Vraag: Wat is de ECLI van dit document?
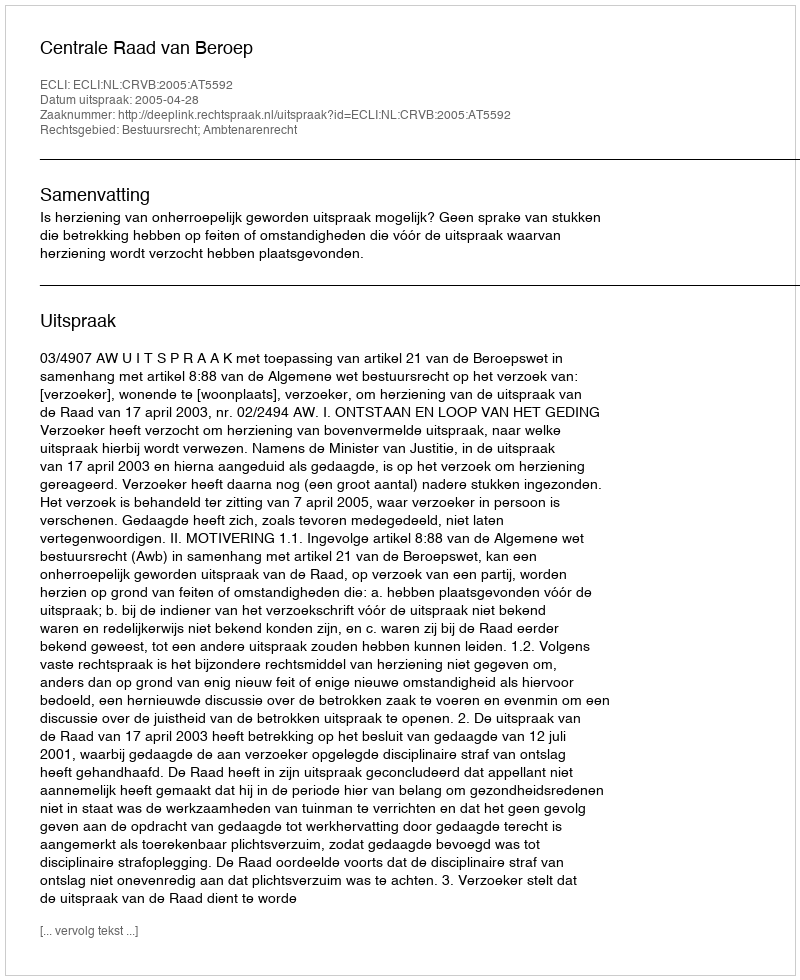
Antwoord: ECLI:NL:CRVB:2005:AT5592